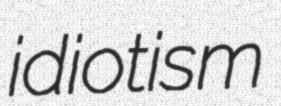
idiotism